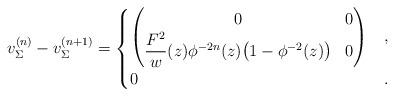
LaTeX: \begin{gather*}v_\Sigma^{(n)} - v_\Sigma^{(n+1)} = \begin{cases}\left(\begin{matrix}0 & 0\\\dfrac{F^2}{w}(z) \phi^{-2n}(z) \big(1 - \phi^{ - 2}(z)\big) & 0\end{matrix}\right) & , \\0 & .\end{cases}\end{gather*}